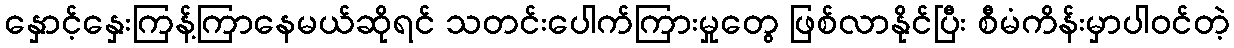
နှောင့်နှေးကြန့်ကြာနေမယ်ဆိုရင် သတင်းပေါက်ကြားမှုတွေ ဖြစ်လာနိုင်ပြီး စီမံကိန်းမှာပါဝင်တဲ့